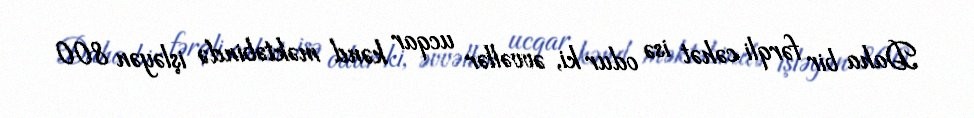
Daha bir fərqli cəhət isə odur ki, əvvəllər ucqar kənd məktəbində işləyən 800